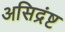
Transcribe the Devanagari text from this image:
असिद्रंष्ट